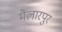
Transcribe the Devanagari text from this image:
मैलारपुर